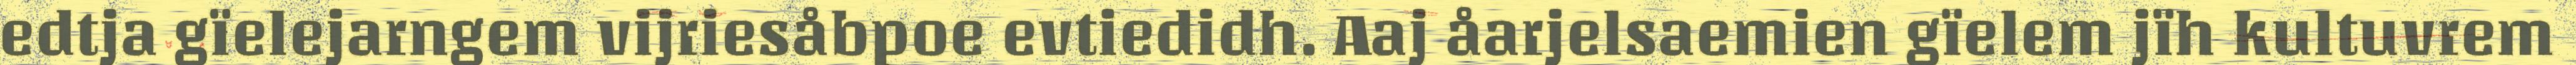
edtja gïelejarngem vijriesåbpoe evtiedidh. Aaj åarjelsaemien gïelem jïh kultuvrem